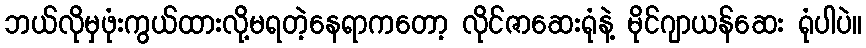
ဘယ်လိုမှဖုံးကွယ်ထားလို့မရတဲ့နေရာကတော့ လိုင်ဇာဆေးရုံနဲ့ မိုင်ဂျာယန်ဆေး ရုံပါပဲ။